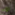
اود